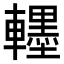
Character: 𮝯